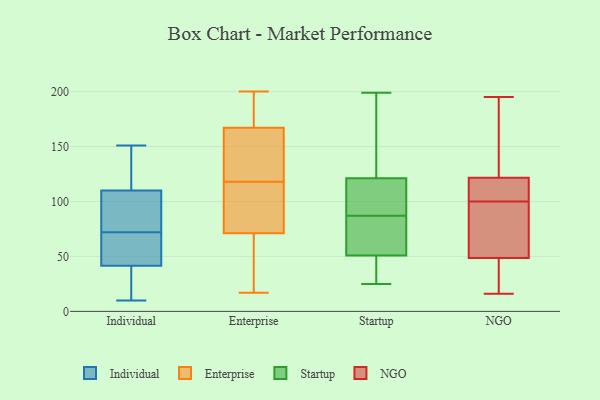
{"axis": {"x": "Conversion Rate (%)", "y": "Value"}, "legend": ["Enterprise", "Individual", "NGO", "Startup"], "data": [{"x": "", "y": 67, "type": "Individual"}, {"x": "", "y": 50, "type": "Individual"}, {"x": "", "y": 151, "type": "Individual"}, {"x": "", "y": 72, "type": "Individual"}, {"x": "", "y": 119, "type": "Individual"}, {"x": "", "y": 22, "type": "Individual"}, {"x": "", "y": 48, "type": "Individual"}, {"x": "", "y": 107, "type": "Individual"}, {"x": "", "y": 10, "type": "Individual"}, {"x": "", "y": 94, "type": "Individual"}, {"x": "", "y": 84, "type": "Individual"}, {"x": "", "y": 128, "type": "Individual"}, {"x": "", "y": 14, "type": "Individual"}, {"x": "", "y": 186, "type": "Enterprise"}, {"x": "", "y": 119, "type": "Enterprise"}, {"x": "", "y": 192, "type": "Enterprise"}, {"x": "", "y": 45, "type": "Enterprise"}, {"x": "", "y": 112, "type": "Enterprise"}, {"x": "", "y": 163, "type": "Enterprise"}, {"x": "", "y": 117, "type": "Enterprise"}, {"x": "", "y": 162, "type": "Enterprise"}, {"x": "", "y": 200, "type": "Enterprise"}, {"x": "", "y": 86, "type": "Enterprise"}, {"x": "", "y": 148, "type": "Enterprise"}, {"x": "", "y": 171, "type": "Enterprise"}, {"x": "", "y": 29, "type": "Enterprise"}, {"x": "", "y": 26, "type": "Enterprise"}, {"x": "", "y": 184, "type": "Enterprise"}, {"x": "", "y": 65, "type": "Enterprise"}, {"x": "", "y": 77, "type": "Enterprise"}, {"x": "", "y": 84, "type": "Enterprise"}, {"x": "", "y": 144, "type": "Enterprise"}, {"x": "", "y": 17, "type": "Enterprise"}, {"x": "", "y": 48, "type": "Startup"}, {"x": "", "y": 90, "type": "Startup"}, {"x": "", "y": 98, "type": "Startup"}, {"x": "", "y": 125, "type": "Startup"}, {"x": "", "y": 35, "type": "Startup"}, {"x": "", "y": 110, "type": "Startup"}, {"x": "", "y": 87, "type": "Startup"}, {"x": "", "y": 199, "type": "Startup"}, {"x": "", "y": 64, "type": "Startup"}, {"x": "", "y": 127, "type": "Startup"}, {"x": "", "y": 59, "type": "Startup"}, {"x": "", "y": 157, "type": "Startup"}, {"x": "", "y": 72, "type": "Startup"}, {"x": "", "y": 36, "type": "Startup"}, {"x": "", "y": 25, "type": "Startup"}, {"x": "", "y": 69, "type": "NGO"}, {"x": "", "y": 97, "type": "NGO"}, {"x": "", "y": 115, "type": "NGO"}, {"x": "", "y": 62, "type": "NGO"}, {"x": "", "y": 158, "type": "NGO"}, {"x": "", "y": 21, "type": "NGO"}, {"x": "", "y": 57, "type": "NGO"}, {"x": "", "y": 109, "type": "NGO"}, {"x": "", "y": 129, "type": "NGO"}, {"x": "", "y": 100, "type": "NGO"}, {"x": "", "y": 23, "type": "NGO"}, {"x": "", "y": 16, "type": "NGO"}, {"x": "", "y": 195, "type": "NGO"}, {"x": "", "y": 18, "type": "NGO"}, {"x": "", "y": 119, "type": "NGO"}, {"x": "", "y": 117, "type": "NGO"}, {"x": "", "y": 188, "type": "NGO"}]}